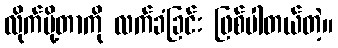
လိုက်ပို့တာကို လက်ခံခြင်း ဖြစ်ပါတယ်တဲ့။